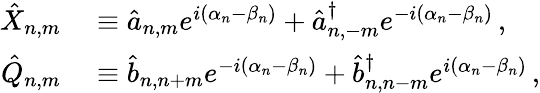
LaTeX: \begin{array}{rl}{\hat{X}_{n,m}}&{{}\equiv\hat{a}_{n,m}e^{i(\alpha_{n}-\beta_{n})}+\hat{a}_{n,-m}^{\dagger}e^{-i(\alpha_{n}-\beta_{n})}\, ,}\\ {\hat{Q}_{n,m}}&{{}\equiv\hat{b}_{n,n+m}e^{-i(\alpha_{n}-\beta_{n})}+\hat{b}_{n,n-m}^{\dagger}e^{i(\alpha_{n}-\beta_{n})}\, ,}\end{array}